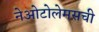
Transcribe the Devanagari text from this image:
नेओटोलेमसची